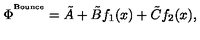
\Phi ^ { ^ \mathrm { B o u n c e } } = \tilde { A } + \tilde { B } f _ { 1 } ( x ) + \tilde { C } f _ { 2 } ( x ) ,